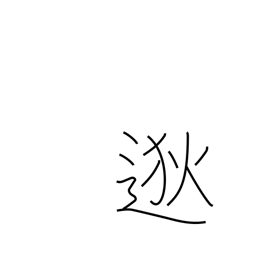
Meaning: far